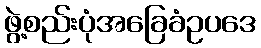
ဖွဲ့စည်းပုံအခြေခံဥပဒေ